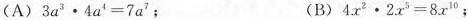
(A) $$3 a ^ { 3 } \cdot 4 a ^ { 4 } = 7 a ^ { 7 }$$； (B) $$4 x ^ { 2 } \cdot 2 x ^ { 5 } = 8 x ^ { 1 0 }$$；